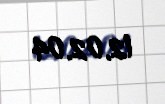
12.02.04